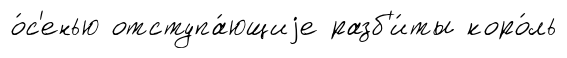
о́с'енью отступа́ющиjе разб'и́ты коро́ль